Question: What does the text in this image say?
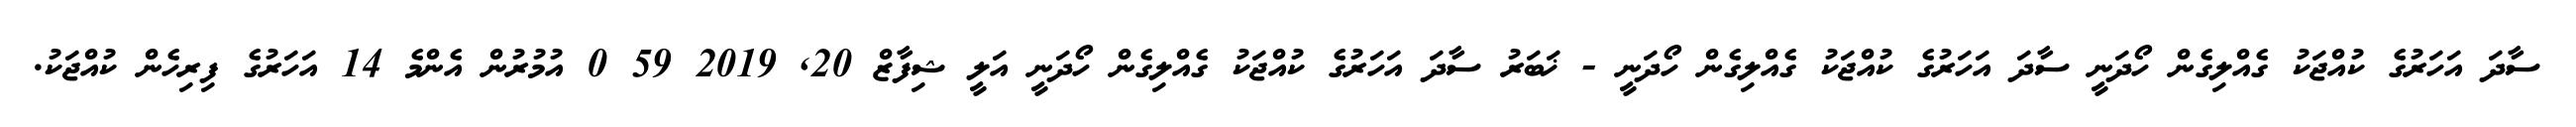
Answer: ސާދަ އަހަރުގެ ކުއްޖަކު ގެއްލިގެން ހޯދަނީ ސާދަ އަހަރުގެ ކުއްޖަކު ގެއްލިގެން ހޯދަނީ - ޚަބަރު ސާދަ އަހަރުގެ ކުއްޖަކު ގެއްލިގެން ހޯދަނީ އަލީ ޝިފާޒް 20, 2019 59 0 އުމުރުން އެންމެ 14 އަހަރުގެ ފިރިހެން ކުއްޖަކު.